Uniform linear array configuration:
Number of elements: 24
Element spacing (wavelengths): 0.75
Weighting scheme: binomial
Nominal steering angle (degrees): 30
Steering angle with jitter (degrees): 30.184
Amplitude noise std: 0.05
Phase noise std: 0.05

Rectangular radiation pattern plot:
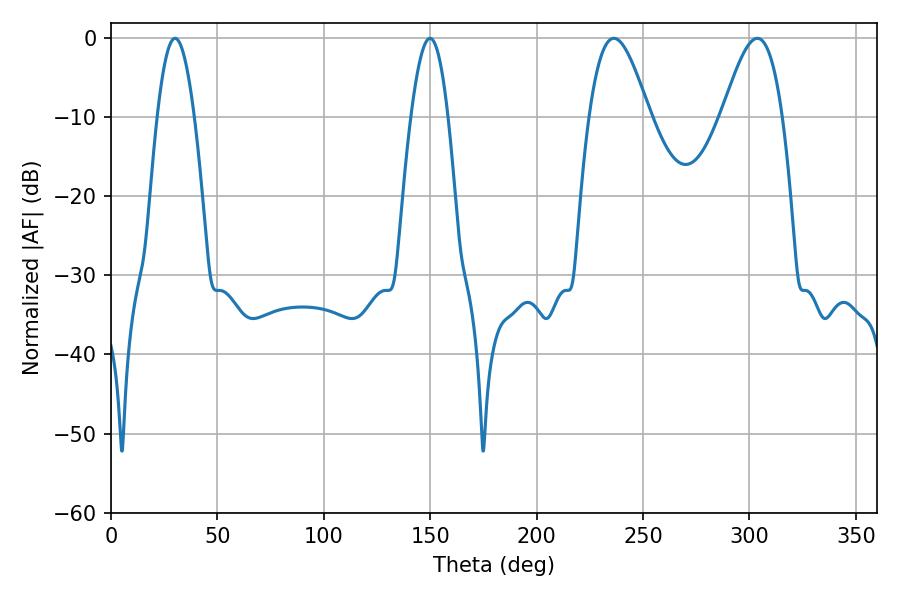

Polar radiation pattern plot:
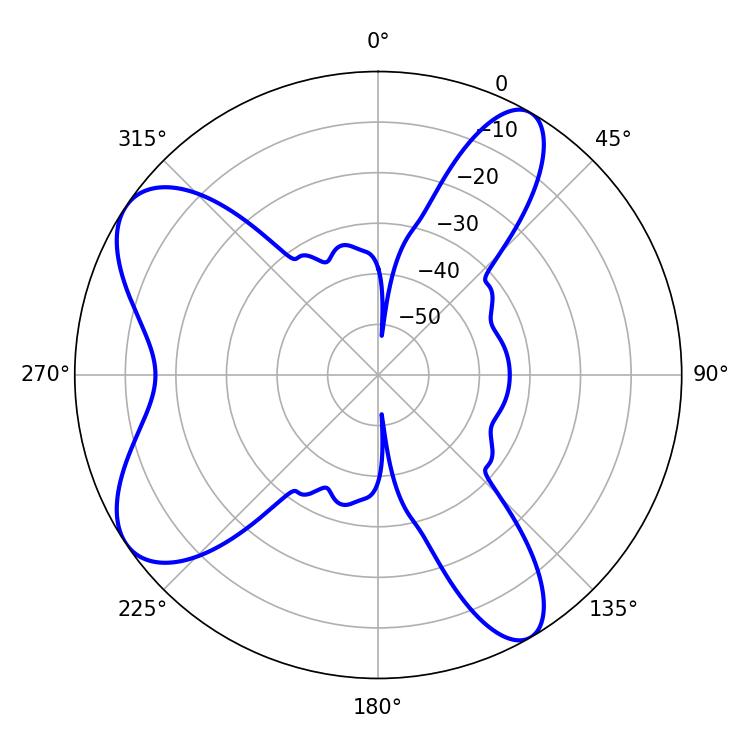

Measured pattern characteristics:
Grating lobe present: TRUE
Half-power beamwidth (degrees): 15.12
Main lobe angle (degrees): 303.66